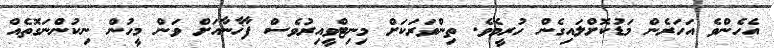
އެހެންވެ އަހަރެން މަޑުކޮށްލައިގެން ހުރީމެވެ. ތިންވަރަކަށް މިނިޓްވީއިރުވެސް ފާޚާނާއަށް ވަން މީހުން ނިކުންނަގޮތެއް